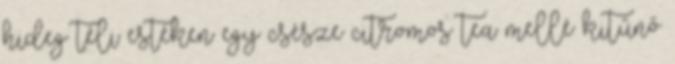
hideg téli estéken egy csésze citromos tea mellé kitűnő